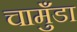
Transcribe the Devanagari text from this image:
चामुँडा